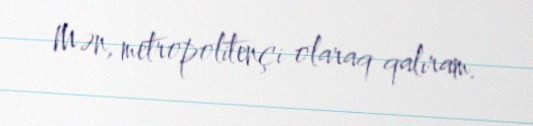
Mən, metropolitençi olaraq qalıram.